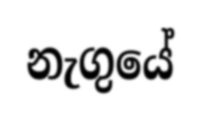
නැගුයේ